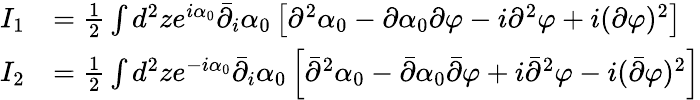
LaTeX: \begin{array}{rl}{I_{1}}&{=\frac{1}{2}\int d^{2}ze^{i\alpha_{0}}\bar{\partial}_{i}\alpha_{0}\left[\partial^{2}\alpha_{0}-\partial\alpha_{0}\partial\varphi-i\partial^{2}\varphi+i(\partial\varphi)^{2}\right]}\\ {I_{2}}&{=\frac{1}{2}\int d^{2}ze^{-i\alpha_{0}}\bar{\partial}_{i}\alpha_{0}\left[\bar{\partial}^{2}\alpha_{0}-\bar{\partial}\alpha_{0}\bar{\partial}\varphi+i\bar{\partial}^{2}\varphi-i(\bar{\partial}\varphi)^{2}\right]}\end{array}